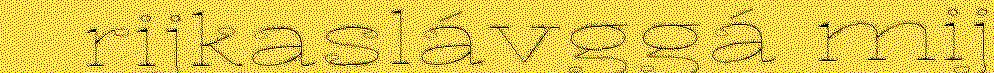
rijkaslávggá mij